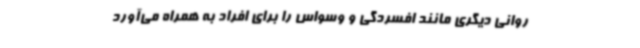
روانی دیگری مانند افسردگی و وسواس را برای افراد به همراه می‌آورد